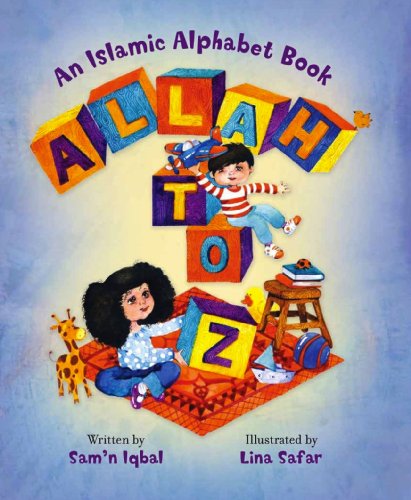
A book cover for Allah to Z: An Islamic Alphabet Book; Sam'n Iqbal; Children's Books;